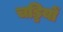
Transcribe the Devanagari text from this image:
चड्डियों